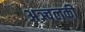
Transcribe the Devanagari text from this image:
अञ्चलकी